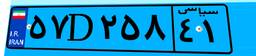
۳۰D۵۱۶۰۵